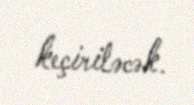
keçiriləcək.